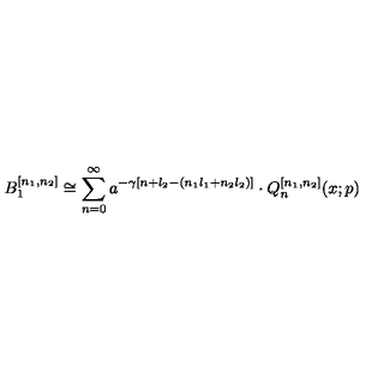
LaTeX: B _ { 1 } ^ { [ n _ { 1 } , n _ { 2 } ] } \cong \sum _ { n = 0 } ^ { \infty } a ^ { - \gamma [ n + l _ { 2 } - ( n _ { 1 } l _ { 1 } + n _ { 2 } l _ { 2 } ) ] } \cdot Q _ { n } ^ { [ n _ { 1 } , n _ { 2 } ] } ( x ; p )